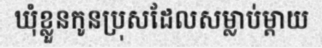
ឃុំខ្លួនកូនប្រុសដែលសម្លាប់ម្តាយ